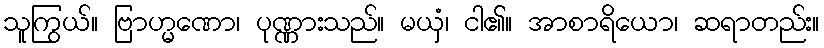
သူကြွယ်။ ဗြာဟ္မဏော၊ ပုဏ္ဏားသည်။ မယှံ၊ ငါ၏။ အာစာရိယော၊ ဆရာတည်း။